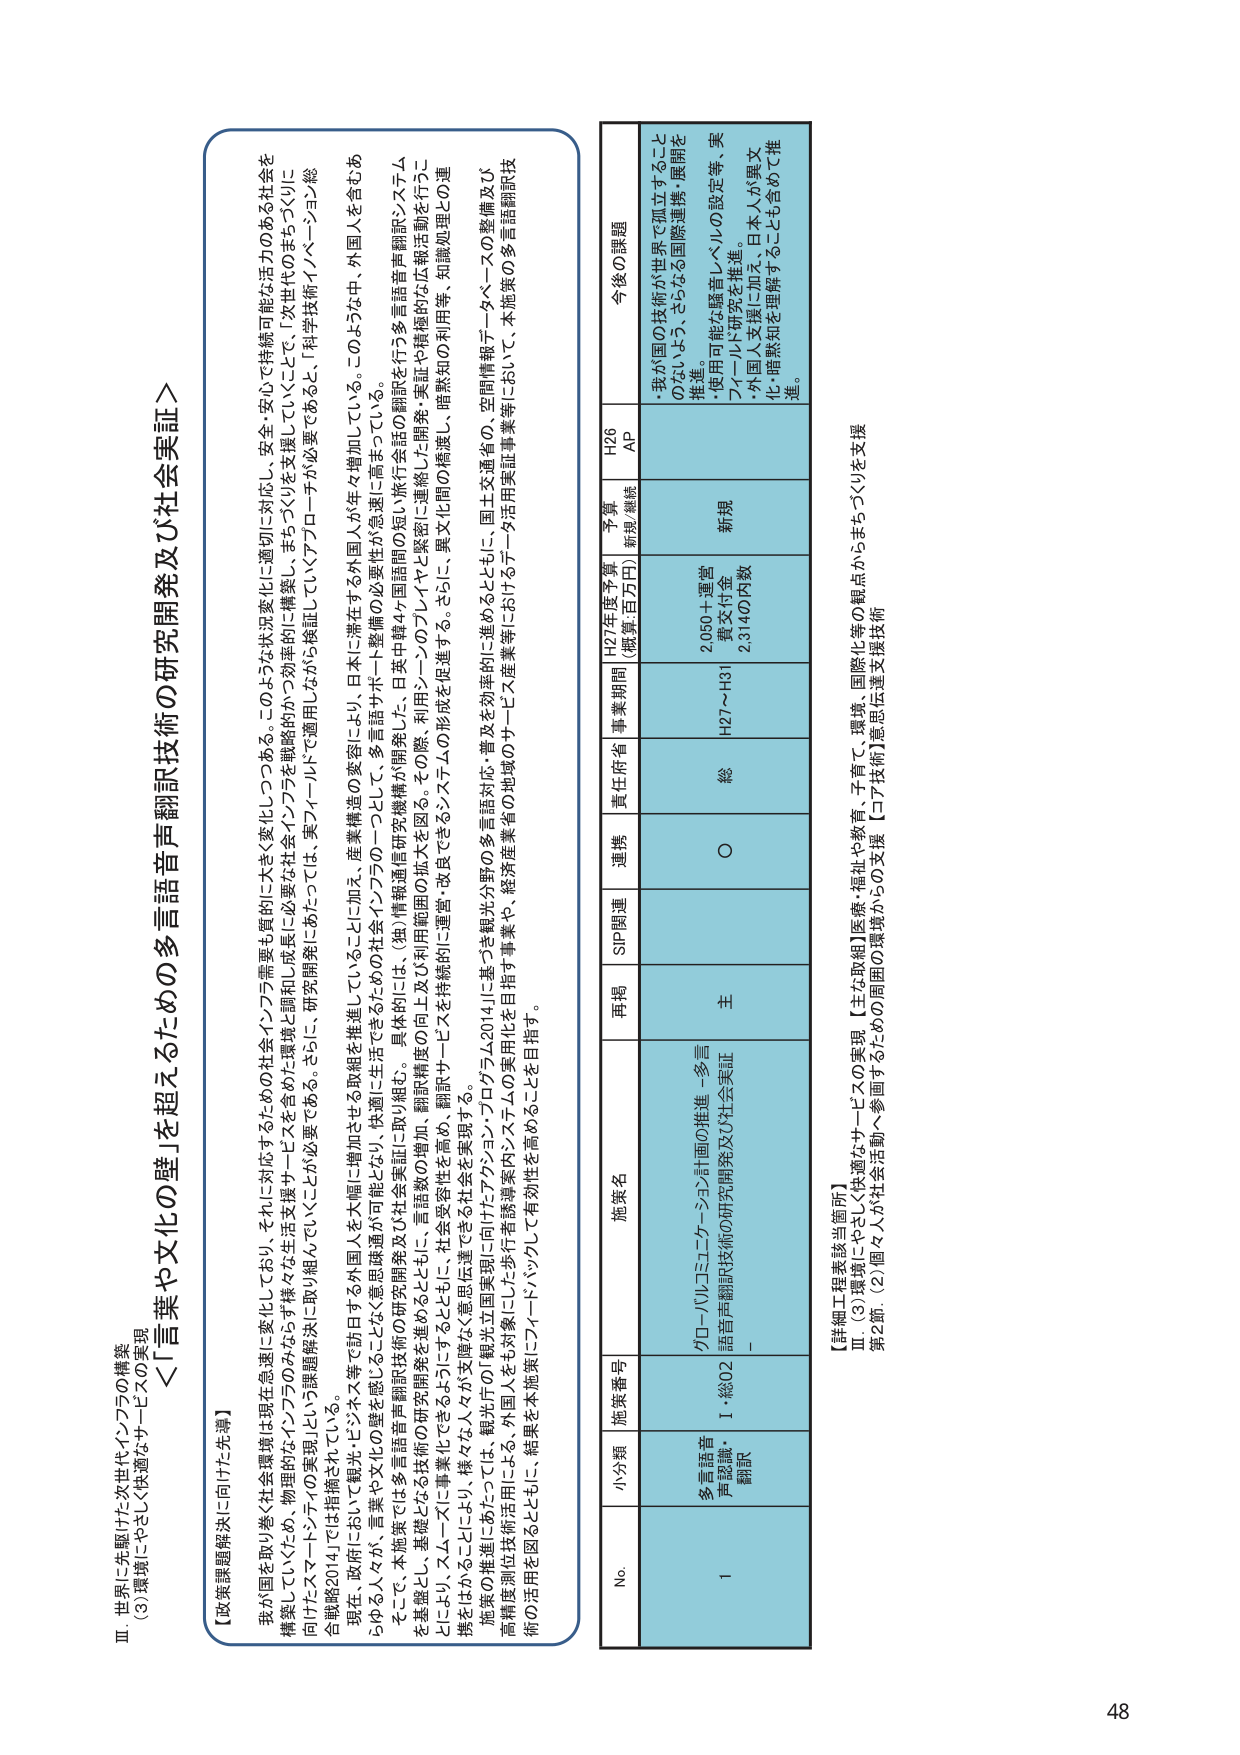
Ⅲ 世界に先駆けた次世代インフラの構築
（3）環境にやさしく快適なサービスの実現

＜「言葉や文化の壁」を超えるための多言語音声翻訳技術の研究開発及び社会実証＞

【政策課題解決に向けた先導】
我が国を取り巻く社会環境は現在急激に変化しており、それに対応するための社会インフラ需要も質的に大きく変化しつつある。このような状況変化に適切に対応し、安全・安心で持続可能な活力のある社会を構築していくため、物理的なインフラのみならず様々な生活支援サービスを含めた環境・調和と成長に必要な社会インフラを戦略的かつ効率的に構築し、まちづくりを支援していくこと、「次世代のまちづくりに向けたスマートシティの実現」として取り組んでいくことが必要である。さらに、研究開発にあたっては、実フィールドで適用しながら検証していくアプローチが必要であると、「科学技術イノベーション総合戦略2014」では指摘されている。

現在、政府、行政、企業や文化の壁を感じる外国人を訪日する外国人を大幅に増加させる取組を推進していることに加え、産業構造の変容により、日本に滞在する外国人が年々増加している。このような中、外国人を含むあらゆる人々が、言葉や文化の壁を感じることなく意思疎通が可能となり、快適に生活できるための社会インフラの一つとして、多言語サポート整備の必要性が急激に高まっている。

そこで、本施策では多言語音声翻訳技術の研究開発及び社会実証に取り組む。具体的には、（独）情報通信研究機構が開発した、日英中韓4ヶ国語間の短い旅行会話の翻訳を行う多言語音声翻訳システムを基盤とし、基礎となる技術の研究開発を進めるとともに、言語数の増加、翻訳精度の向上及び利用範囲の拡大を図る。その際、利用シーンのプレイヤーと緊密に連絡した開発・実証や積極的な広報活動を行うことにより、スムーズに事業化できるようにし、社会受容性を高め、翻訳サービスを持続的に運営・改良できるシステムの形成を促進する。さらに、異文化間の橋渡し、暗黙知の利用等、知識処理との連携をはかることにより、様々な人々が交歓なく意思伝達できる社会を実現する。

施策の推進にあたっては、観光庁の「観光立国実現に向けたアクション・プログラム2014」に基づき観光分野の多言語対応・普及を効率的に進めるとともに、国土交通省の、空間情報データベースの整備及び高精度測位技術活用による、外国人をも対象とした歩行者誘導案内システムの実現を目指す事業や、経済産業省の地域のサービス産業等におけるデータ活用実証事業等において、本施策の多言語翻訳技術の活用を図るとともに、結果を本施策にフィードバックして有効性を高めることを目指す。

【詳細工程表該当箇所】
Ⅲ．（3）環境にやさしく快適なサービスの実現 【主な取組】医療・福祉や教育、子育て、環境、国際化等の観点からまちづくりを支援
第2節．（2）個々人が社会活動へ参画するための周囲の環境からの支援 【コア技術】意思伝達支援技術

No. 小分類 施策番号 施策名 再掲 SIP関連 連携 責任府省 事業期間 H27年度予算 （概算:百万円） 予算 新規/継続 H26 AP 今後の課題
1 多言語音声認識・翻訳 I・総02 グローバルコミュニケーション計画の推進－多言語音声翻訳技術の研究開発及び社会実証－ 主 ○ 総 H27～H31 2,050＋運営費交付金 2,314の内数 新規 ・我が国の技術が世界で孤立することのないよう、さらなる国際連携・展開を推進。
・使用可能な騒音レベルの設定等、実フィールド研究を推進。
・外国人支援に加え、日本人が異文化・暗黙知を理解することも含めて推進。

48